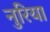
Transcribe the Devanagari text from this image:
नुरिया